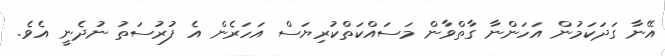
އޭނާ ގަދަކަމުން އަހަންނާ ގާތްވާން މަސައްކަތްކުރިޔަސް އަހަރެން އެ ފުރުސަތު ނުދެނީ އެވެ.